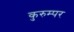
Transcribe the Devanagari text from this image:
कुरुम्पर